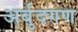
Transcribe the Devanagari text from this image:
अर्बुदगण